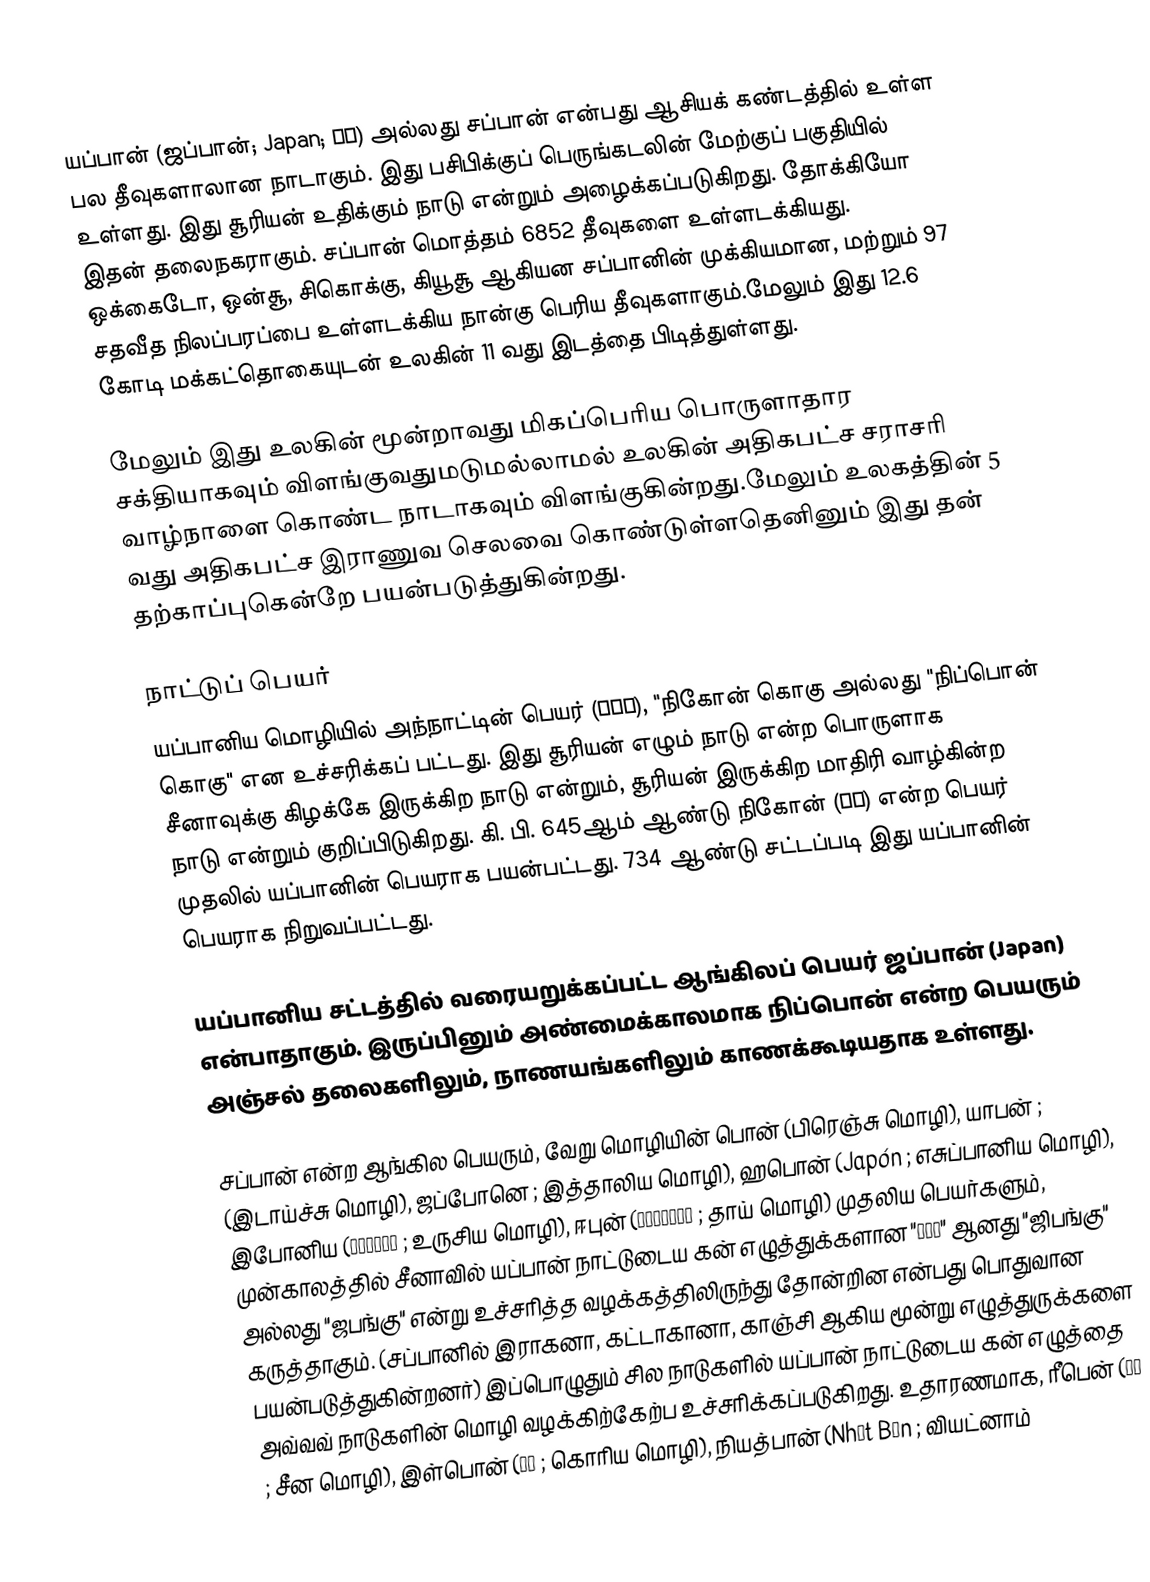
யப்பான் (ஜப்பான்; Japan; 日本) அல்லது சப்பான் என்பது ஆசியக் கண்டத்தில் உள்ள பல தீவுகளாலான நாடாகும். இது பசிபிக்குப் பெருங்கடலின் மேற்குப் பகுதியில் உள்ளது. இது சூரியன் உதிக்கும் நாடு என்றும் அழைக்கப்படுகிறது. தோக்கியோ இதன் தலைநகராகும். சப்பான் மொத்தம் 6852 தீவுகளை உள்ளடக்கியது. ஒக்கைடோ, ஒன்சூ, சிகொக்கு, கியூசூ ஆகியன சப்பானின் முக்கியமான, மற்றும் 97 சதவீத நிலப்பரப்பை உள்ளடக்கிய நான்கு பெரிய தீவுகளாகும்.மேலும் இது 12.6 கோடி மக்கட்தொகையுடன் உலகின் 11 வது இடத்தை பிடித்துள்ளது.

மேலும் இது உலகின் மூன்றாவது மிகப்பெரிய பொருளாதார சக்தியாகவும் விளங்குவதுமடுமல்லாமல் உலகின் அதிகபட்ச சராசரி வாழ்நாளை கொண்ட நாடாகவும் விளங்குகின்றது.மேலும் உலகத்தின் 5 வது அதிகபட்ச இராணுவ செலவை கொண்டுள்ளதெனினும் இது தன் தற்காப்புகென்றே பயன்படுத்துகின்றது.

நாட்டுப் பெயர்
யப்பானிய மொழியில் அந்நாட்டின் பெயர் (日本国), "நிகோன் கொகு அல்லது "நிப்பொன் கொகு" என உச்சரிக்கப் பட்டது. இது சூரியன் எழும் நாடு என்ற பொருளாக சீனாவுக்கு கிழக்கே இருக்கிற நாடு என்றும், சூரியன் இருக்கிற மாதிரி வாழ்கின்ற நாடு என்றும் குறிப்பிடுகிறது.  கி. பி. 645ஆம் ஆண்டு நிகோன் (日本) என்ற பெயர் முதலில் யப்பானின் பெயராக பயன்பட்டது. 734 ஆண்டு சட்டப்படி இது யப்பானின் பெயராக நிறுவப்பட்டது.

யப்பானிய சட்டத்தில் வரையறுக்கப்பட்ட ஆங்கிலப் பெயர் ஜப்பான் (Japan) என்பாதாகும். இருப்பினும் அண்மைக்காலமாக நிப்பொன் என்ற பெயரும் அஞ்சல் தலைகளிலும், நாணயங்களிலும் காணக்கூடியதாக உள்ளது.

சப்பான் என்ற ஆங்கில பெயரும், வேறு மொழியின் பொன் (பிரெஞ்சு மொழி), யாபன் ; (இடாய்ச்சு மொழி), ஜப்போனெ ; இத்தாலிய மொழி), ஹபொன் (Japón ; எசுப்பானிய மொழி), இபோனிய (Япония ; உருசிய மொழி), ஈபுன் (ญี๋ปุ่น ; தாய் மொழி) முதலிய பெயர்களும், முன்காலத்தில் சீனாவில் யப்பான் நாட்டுடைய கன் எழுத்துக்களான "日本国" ஆனது "ஜிபங்கு" அல்லது "ஜபங்கு" என்று உச்சரித்த வழக்கத்திலிருந்து தோன்றின என்பது பொதுவான கருத்தாகும். (சப்பானில் இராகனா, கட்டாகானா, காஞ்சி ஆகிய மூன்று எழுத்துருக்களை பயன்படுத்துகின்றனர்) இப்பொழுதும் சில நாடுகளில் யப்பான் நாட்டுடைய கன் எழுத்தை அவ்வவ் நாடுகளின் மொழி வழக்கிற்கேற்ப உச்சரிக்கப்படுகிறது. உதாரணமாக, ரீபென் (日本 ; சீன மொழி), இள்பொன் (일본 ; கொரிய மொழி), நியத்பான் (Nhật Bản ; வியட்னாம்